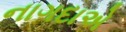
નાગદાએ